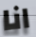
انا